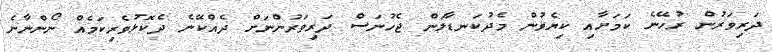
ދަރިވަރުން ރުހޭނެ ކަމަށާއި ކިޔެވުން މެދުކަނޑާލަން ޖެހުނަސް ދަރިވަރުންނަށް ދެއްކޭނެ ދެކޮޅުވެރިކަމެއް ނޯންނާނެ